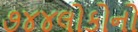
૭૪૪લોકોનો